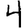
Digit: 4